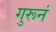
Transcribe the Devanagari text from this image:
गुरूनं